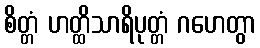
စိတ္တံ ဟတ္ထိသာရိပုတ္တံ ဂဟေတွာ